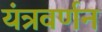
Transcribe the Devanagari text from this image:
यंत्रवर्णन